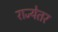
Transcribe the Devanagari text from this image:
राज्येतर